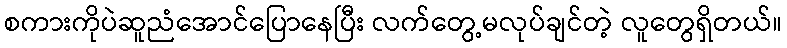
စကားကိုပဲဆူညံအောင်ပြောနေပြီး လက်တွေ့မလုပ်ချင်တဲ့ လူတွေရှိတယ်။